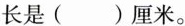
长是（ ）厘米。